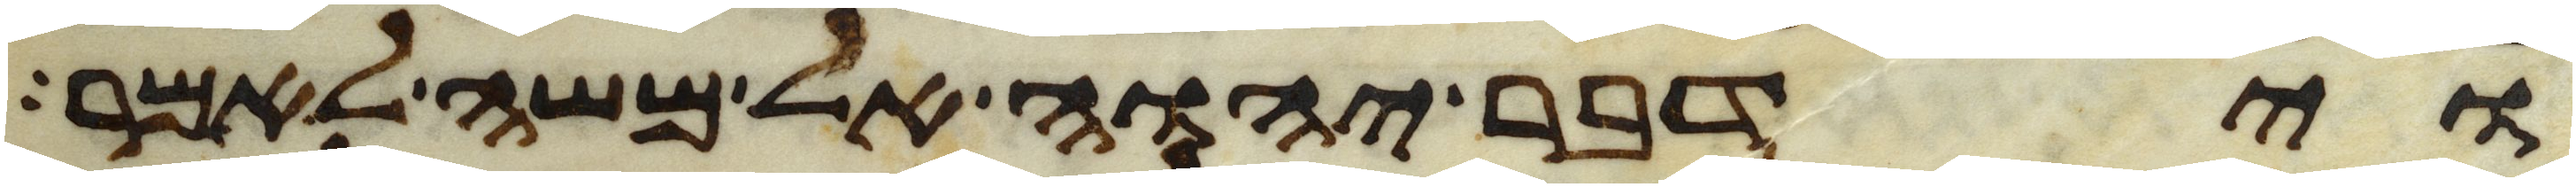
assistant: וידבר יהוה אל משה לאמר